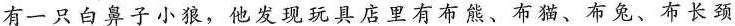
有一只白鼻子小狼，他发现玩具店里有布熊、布猫、布兔、布长颈